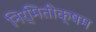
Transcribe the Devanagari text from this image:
निर्मितीक्षम